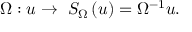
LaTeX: \Omega : u \rightarrow \ { S _ { \Omega } } \left( u \right) = { { \Omega } ^ { - 1 } } u .